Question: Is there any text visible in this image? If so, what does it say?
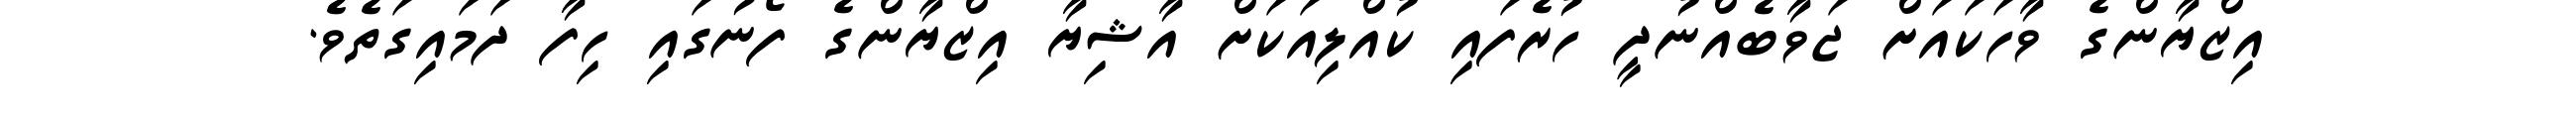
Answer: އިޒްޔާންގެ ވާހަކައަށް ޖަވާބެއްނުދީ ހުރެފައި ކުއްލިއަކަށް އާޝިޔާ އިޒްޔާންގެ ފޯނުގައި ހިފާ ދަމައިގަތެވެ.